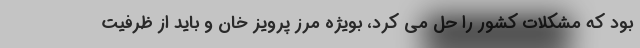
بود که مشکلات کشور را حل می کرد، بویژه مرز پرویز خان و باید از ظرفیت